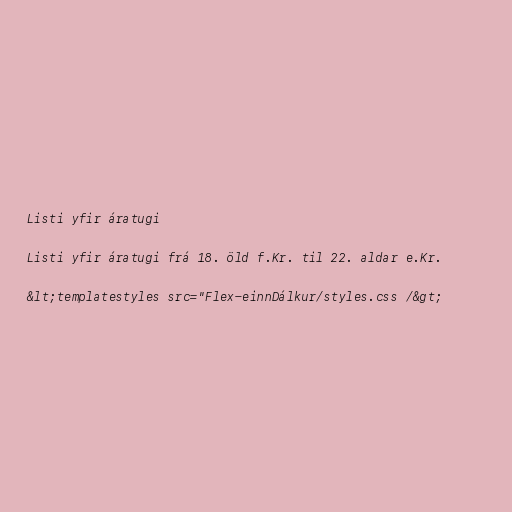
Listi yfir áratugi

Listi yfir áratugi frá 18. öld f.Kr. til 22. aldar e.Kr.

&lt;templatestyles src="Flex-einnDálkur/styles.css /&gt;